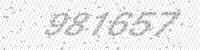
Solution: 981657